Bombay plague: being a history of the progress of plague in the Bombay presidency from September 1896 to June 1899
Year: 1896
Disease focus: Plague
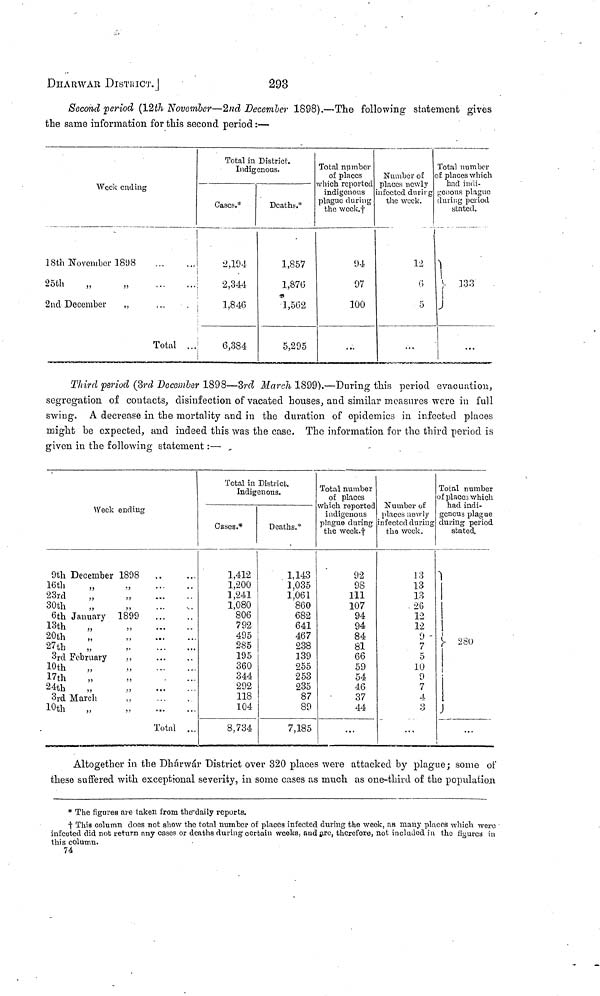
293
DHARWAR DISTKICT.
Second period (12th November—2nd December 1898).—The following statement gives
the same information for this second period :—
Week ending
18th November
1898
...
25th
„
„
2nd December
,,
Total ...
Total in
ladig
Cases.*
2,194
2,344
1,846
6,384
District.
enous.
Deaths.*
1,857
1,870
1,562
5,295
Total number
of places
which reported
indigenous
plague during
the week.†
94
97
100
Number oí
places newly
infected durirg
the week.
12
5
Total number
of places which
had indi-
genous plague
during period
stated.
133
Third period (3rd December 1898—3rd March 1899).—During this period evacuation,
segregation of contacts, disinfection of vacated houses, and similar measures were in full
swing. A decrease in the mortality and in the duration of epidemics in infected places
might be expected, and indeed this was the case. The information for the third period is
given in the following statement :—
Week ending
9th December 1898
16th ,,
23rd ,,
30th ,,
6th January 1899
13th ,,
20th ,,
27th ,, ,,
3rd February
,,
10th ,,
17th ,,
24th ,,
3rd March
,,
10th
„ ,,
...
...
...
...
...
...
...
Total
...
...
...
...
...
...
Total in District.
Indigenous.
Cases.*
1,412
1,200
1,241
1,080
806
792
495
285
195
360
344
292
118
104
8,734
Deaths.*
1,143
1,035
1,061
860
682
641
467
238
139
255
253
235
87
89
7,185
Total number
of places
which reported
indigenous
plague during
the week.†
92
98
111
107
94
94
84
81
66
59
54
46
37
44
...
Number of
places newly
infected during
the week.
13
13
13
26
12
12
9
7
5
10
9
7
4
3
...
Total number
of places which
had indi-
genous plague
during period
stated.
Altogether in the Dhárwár District over 320 places were attacked by plague; some of
these suffered with exceptional severity, in some cases as much as one-third of the population
* The figures are laben from the"daily reports.
† This column does not show the total number of places infected during the week, as many places which were
infcoted did not return any cases or deaths during certain weeks, and are, therefore, not included in the figures in
this column.
74